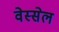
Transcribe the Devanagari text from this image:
वेस्सेल